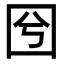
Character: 𡆽